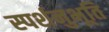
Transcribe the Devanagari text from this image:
स्पर्शनुभूति